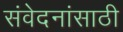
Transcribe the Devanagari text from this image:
संवेदनांसाठी